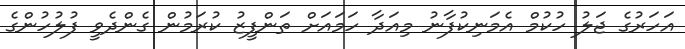
އަހަރުގެ ޖަލު ހުކުމް އެމަނިކުފާނު މިއަދާ ހަމައަށް ތަންފީޒު ކުރަމުން ގެންދެވީ ފުލުހުންގެ